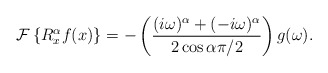
\begin{align*}\mathcal{F}\left\{ R_{x}^{\alpha}f(x)\right\} =-\left( \frac{(i\omega)^{\alpha}+(-i\omega)^{\alpha}}{2\cos\alpha\pi/2}\right) g(\omega).\end{align*}